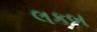
લકબ